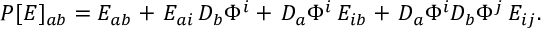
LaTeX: P [ E ] _ { a b } = E _ { a b } + \, E _ { a i } \, D _ { b } \Phi ^ { i } + \, D _ { a } \Phi ^ { i } \, E _ { i b } + \, D _ { a } \Phi ^ { i } D _ { b } \Phi ^ { j } \, E _ { i j } .